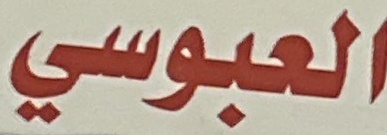
العبوسي